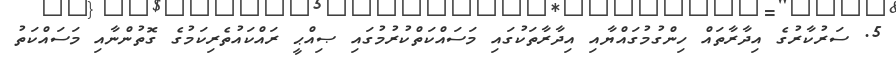
5. ސަރުކާރުގެ އިދާރާތައް ހިންގުމުގައްޔާއި އިދާރާތަކުގައި މަސައްކަތްކުރުމުގައި ޞިއްޙީ ރައްކައުތެރިކަމުގެ ގޮތުންނާއި މަސައްކަތު